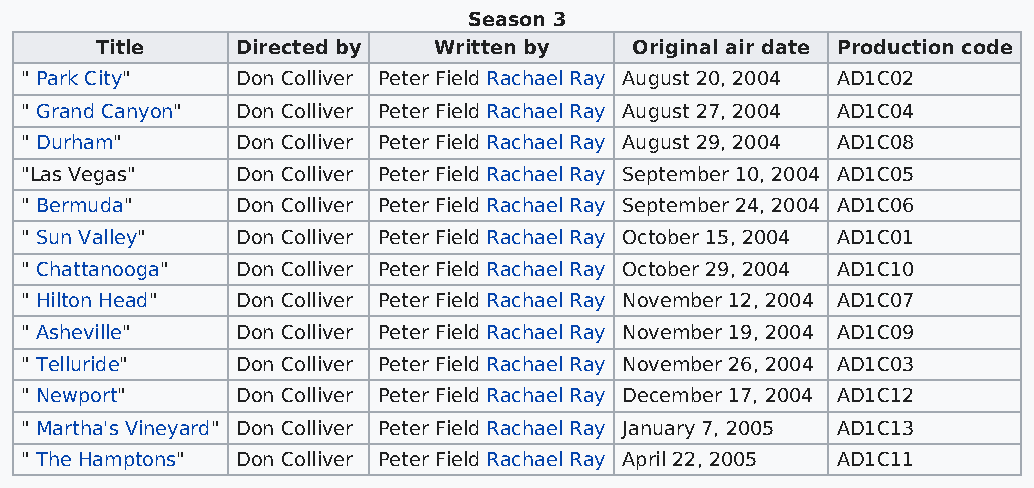
Season 3
 Title     Directed by  Written by   Original air date Production code
 " Park City"   Don Colliver Peter Field Rachael Ray August 20, 2004 AD1C02
 " Grand Canyon" Don Colliver Peter Field Rachael Ray August 27, 2004 AD1C04
 " Durham"      Don Colliver Peter Field Rachael Ray August 29, 2004 AD1C08
 "Las Vegas"    Don Colliver Peter Field Rachael Ray September 10, 2004 AD1C05
 " Bermuda"     Don Colliver Peter Field Rachael Ray September 24, 2004 AD1C06
 " Sun Valley"  Don Colliver Peter Field Rachael Ray October 15, 2004 AD1C01
 " Chattanooga" Don Colliver Peter Field Rachael Ray October 29, 2004 AD1C10
 " Hilton Head" Don Colliver Peter Field Rachael Ray November 12, 2004 AD1C07
 " Asheville"   Don Colliver Peter Field Rachael Ray November 19, 2004 AD1C09
 " Telluride"   Don Colliver Peter Field Rachael Ray November 26, 2004 AD1C03
 " Newport"     Don Colliver Peter Field Rachael Ray December 17, 2004 AD1C12
 " Martha's Vineyard" Don Colliver Peter Field Rachael Ray January 7, 2005 AD1C13
 " The Hamptons" Don Colliver Peter Field Rachael Ray April 22, 2005 AD1C11